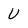
Character: U